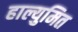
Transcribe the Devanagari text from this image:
हाल्युमित